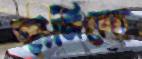
জ্বালিয়েছ